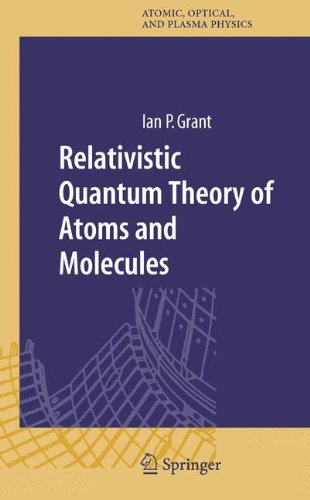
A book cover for Relativistic Quantum Theory of Atoms and Molecules: Theory and Computation (Springer Series on Atomic, Optical, and Plasma Physics); Ian P Grant; Science & Math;